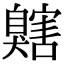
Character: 𦤬